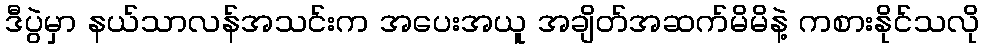
ဒီပွဲမှာ နယ်သာလန်အသင်းက အပေးအယူ အချိတ်အဆက်မိမိနဲ့ ကစားနိုင်သလို